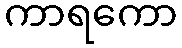
ကာရကော